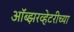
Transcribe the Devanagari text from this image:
ऑब्झरव्हेटरीच्या